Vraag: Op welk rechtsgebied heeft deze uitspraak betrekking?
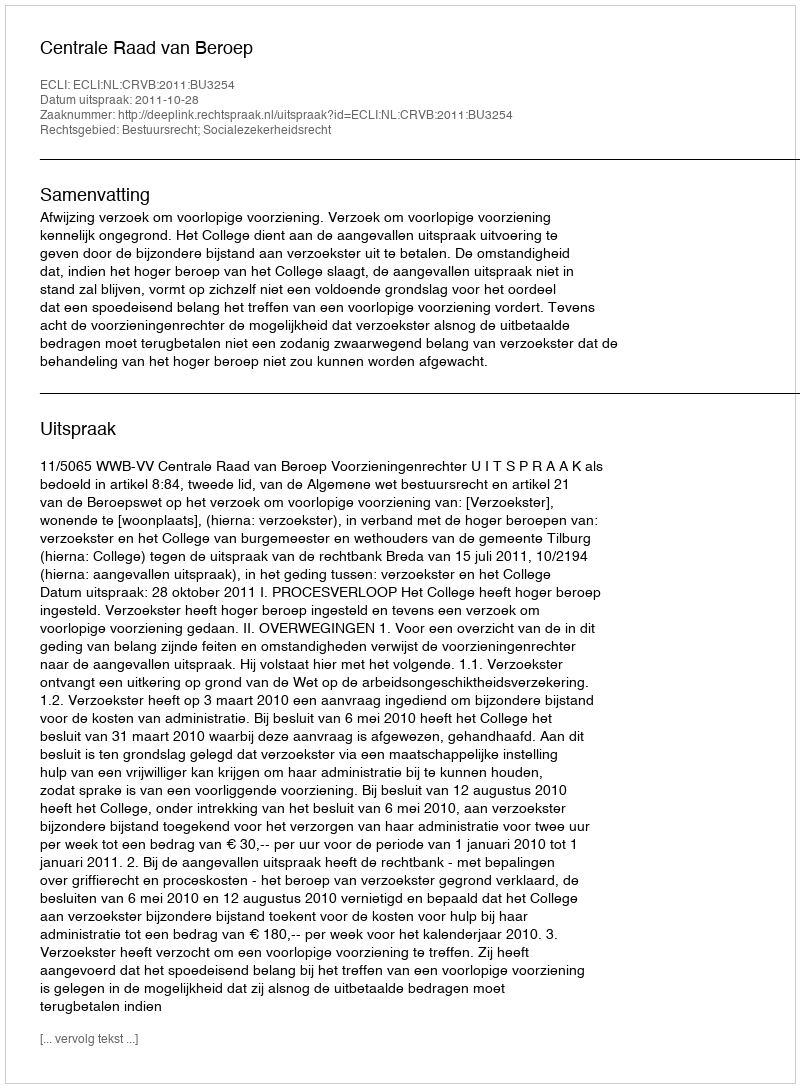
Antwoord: Bestuursrecht; Socialezekerheidsrecht